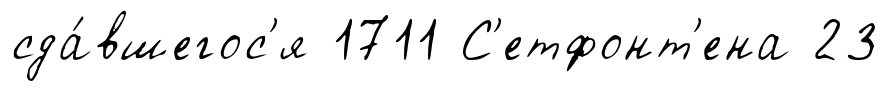
сда́вшегос'я 1711 С'етфонт'ена 23